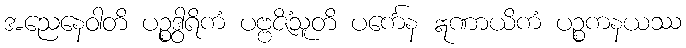
အညေနေဝါတိ ပဉ္စဒွါရိကံ ပဗ္ဗဇိံသူတိ ပင်္ကေန ဣဏာယိကံ ပဉ္စကနယဿ